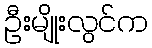
ဦးမျိုးလွင်က